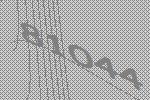
81044